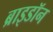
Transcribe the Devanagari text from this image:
ब्राइडॉन